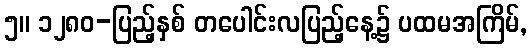
၅။ ၁၂၈၀-ပြည့်နှစ် တပေါင်းလပြည့်နေ့၌ ပထမအကြိမ်,